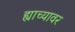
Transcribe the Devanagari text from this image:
ह्याच्यावर